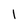
Character: l